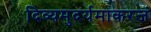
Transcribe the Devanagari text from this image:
दिव्यमुदर्यमाकरजं